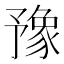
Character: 豫